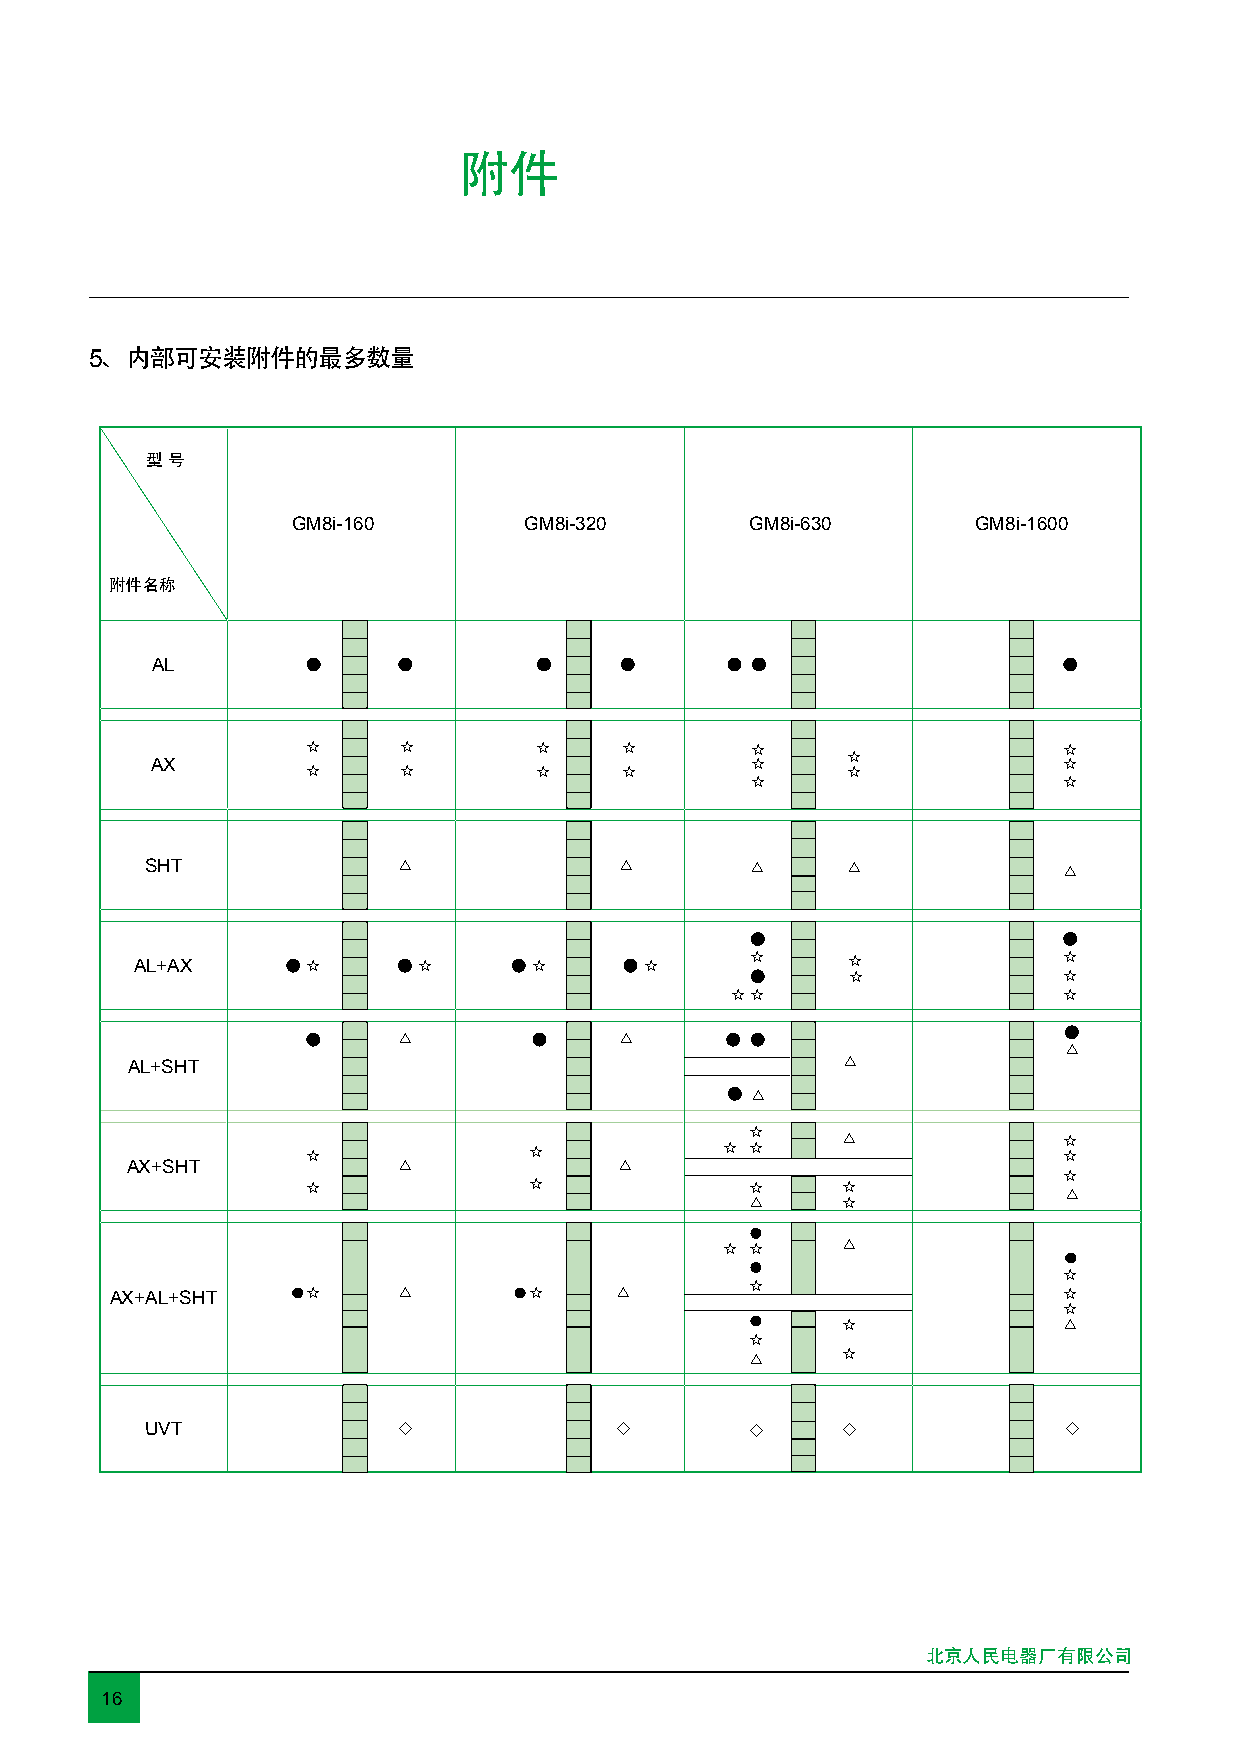
附件
 5、内部可安装附件的最多数量
 型 号
 GM8i-160        GM8i-320       GM8i-630       GM8i-1600
 附件名称
 AL
 ☆     ☆        ☆     ☆        ☆                   ☆
 ☆
 AX                                      ☆                   ☆
 ☆     ☆        ☆     ☆              ☆
 ☆                   ☆
 SHT             △              △        △     △             △
 AL+AX      ☆       ☆      ☆       ☆      ☆     ☆             ☆
 ☆             ☆
 ☆☆                    ☆
 △              △
 △
 AL+SHT                                          △
 △
 ☆
 △             ☆
 ☆              ☆            ☆ ☆                   ☆
 AX+SHT            △              △
 ☆
 ☆              ☆              ☆     ☆
 △
 △     ☆
 ☆ ☆     △
 ☆
 AX+AL+SHT    ☆     △        ☆     △        ☆                   ☆
 ☆
 ☆             △
 ☆
 ☆
 △
 UVT             ◇              ◇        ◇     ◇             ◇
 北京人民电器厂有限公司
 16